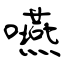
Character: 嚥